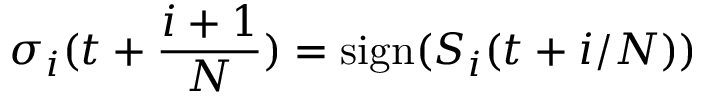
\sigma _ { i } ( t + { \frac { i + 1 } { N } } ) = \mathrm { s i g n } ( S _ { i } ( t + i / N ) )